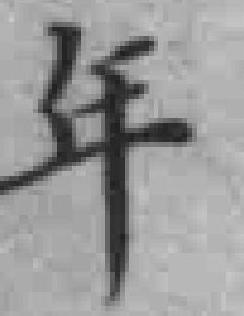
年